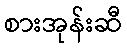
စားအုန်းဆီ